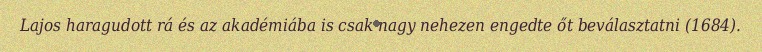
Lajos haragudott rá és az akadémiába is csak nagy nehezen engedte őt beválasztatni (1684).